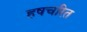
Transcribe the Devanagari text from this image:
हषचरित